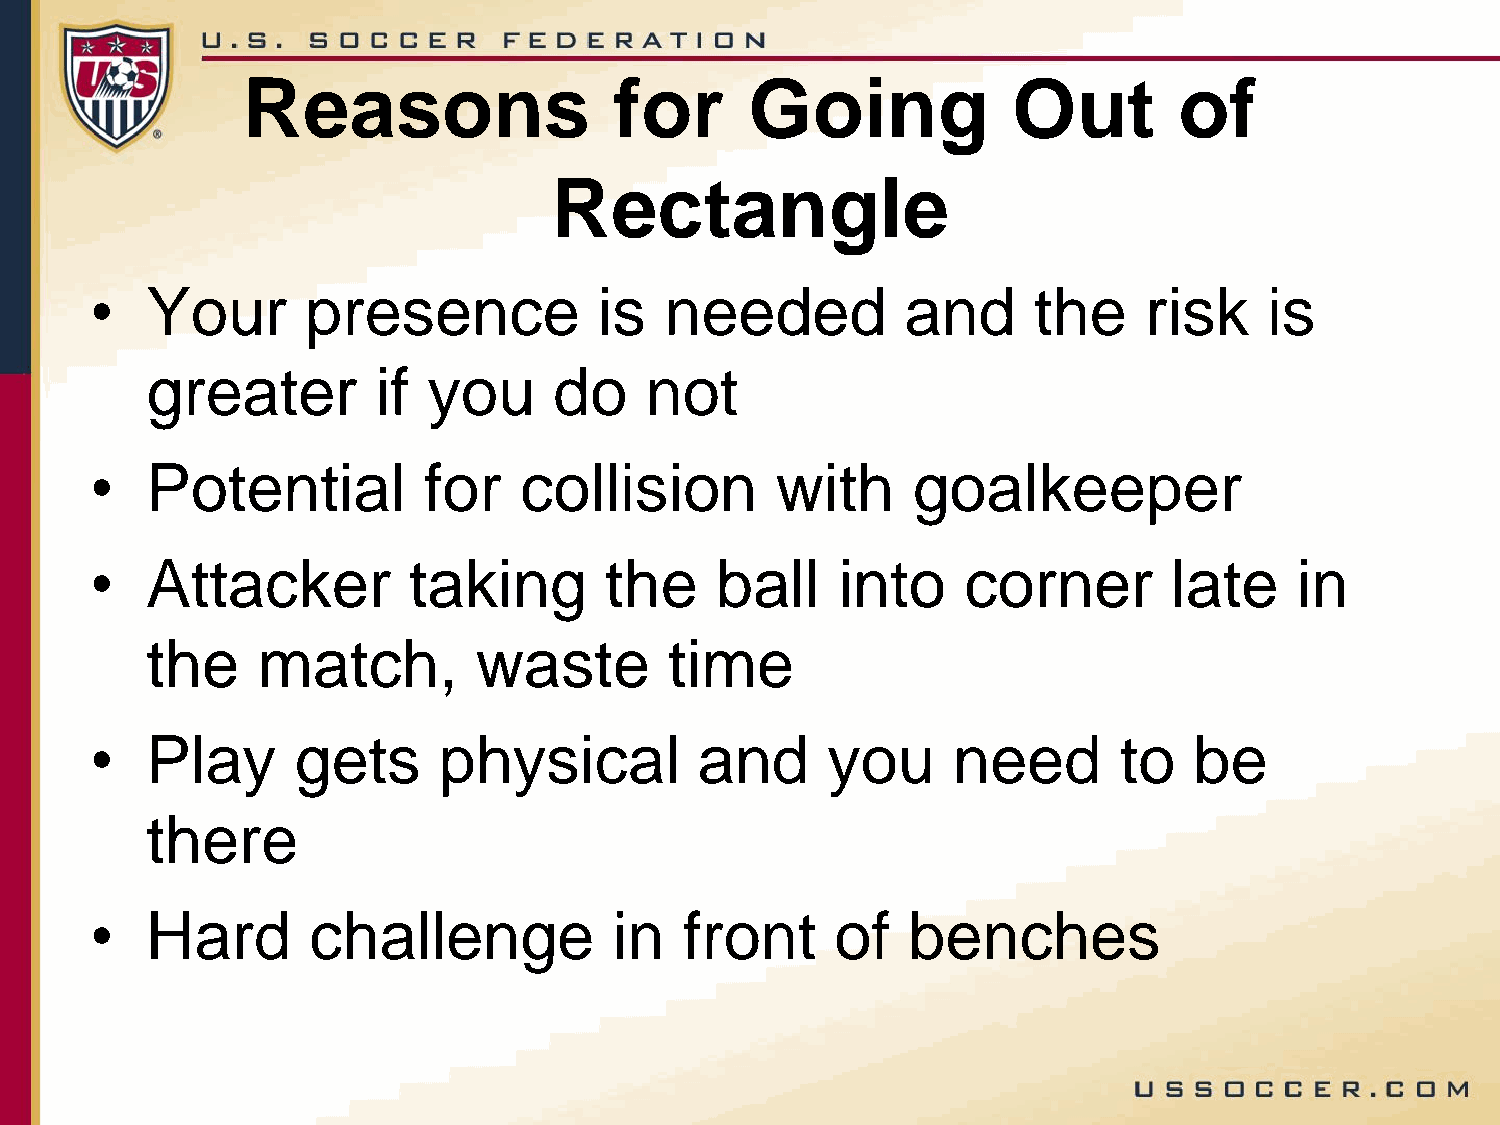
Reasons                  for      Going            Out        of
 Rectangle
 •   Your      presence            is  needed          and     the     risk    is
 greater        if you      do    not
 •   Potential         for   collision        with     goalkeeper
 •   Attacker         taking       the    ball    into     corner        late    in
 the    match,        waste        time
 •   Play     gets      physical         and      you     need       to   be
 there
 •   Hard      challenge            in  front     of   benches